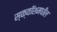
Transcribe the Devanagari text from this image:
स्क्वॉशमधील